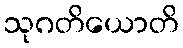
သုဂတိယောတိ